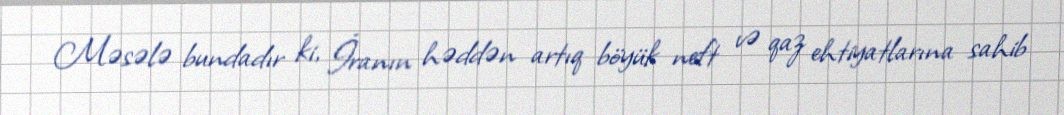
Məsələ bundadır ki, İranın həddən artıq böyük neft və qaz ehtiyatlarına sahib